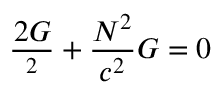
\frac { \d ^ { 2 } G } { \d z ^ { 2 } } + \frac { N ^ { 2 } } { c ^ { 2 } } G = 0